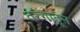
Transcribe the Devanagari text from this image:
तरंगातून